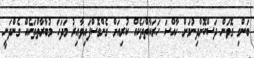
ބަންގި ގޮވަން ދަސްކޮށްދިނުމަށް ހާއްސަ ހަރަކާތްތަކެއް ކުރިއަށް ގެންގޮސްފައިވާއިރު މަދަހަ މުބާރާތްތަކެއް ގެންދަނީ